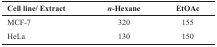
<table><thead><tr><td><b>Cell line/ Extract </b></td><td><b><i>n-</i>Hexane </b></td><td><b>EtOAc </b></td></tr></thead><tbody><tr><td>MCF-7 </td><td>320 </td><td>155 </td></tr><tr><td>HeLa </td><td>130 </td><td>150 </td></tr></tbody></table>